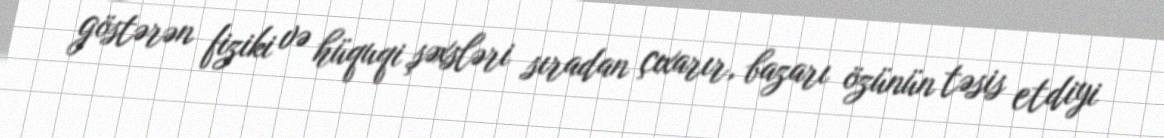
göstərən fiziki və hüquqi şəxsləri sıradan çıxarır, bazarı özünün təsis etdiyi